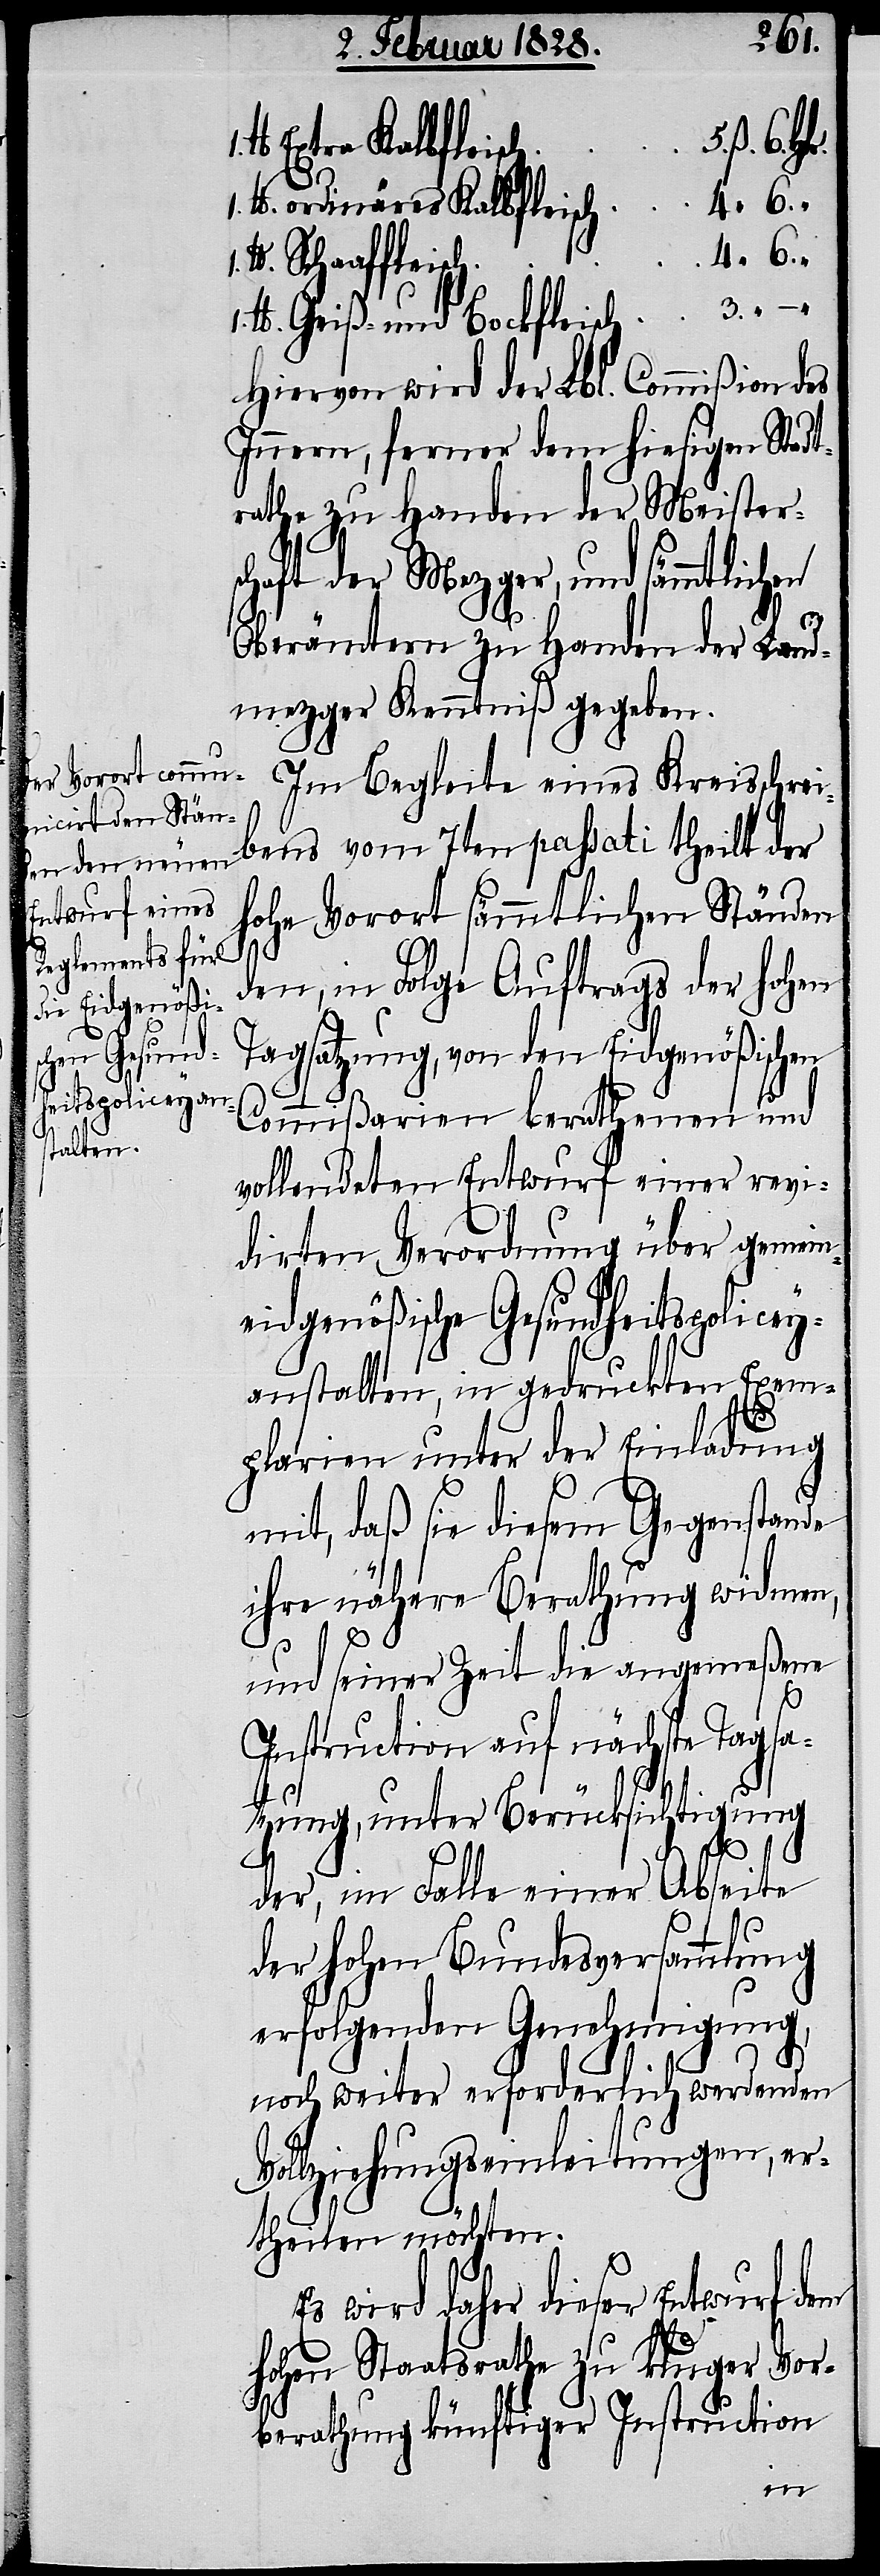
1. lb.
Extra Kalbfle¬
lb. ordinäres Kalbfleisc¬
lb. Geiß- und Bockfleisch	3. “ –
Hiervon wird der Lbl. Commißion des
Innern, ferner dem hiesigen Stadt¬
rathe zu Handen der Meister¬
schaft der Mezger, und sämmtlichen
Oberämtern zu Handen der Land¬
mezger Kenntniß gegeben.
Im Begleite eines Kreisschreib¬
hohe Vorort sämmtlichen Ständen
den, in Folge Auftrags der hohen
Tagsatzung, von den Eidgenößischen
Commißarien berathenen und
vollendeten Entwurf einer revi¬
dirten Verordnung über gemein¬
eidgenößische Gesundheitspolicey¬
anstalten, in gedruckten Exem¬
6.
plarien unter der Einladung
mit, daß sie diesem Gegenstande
ihre nähere Berathung widmen,
und seiner Zeit die angemeßene
Instruction auf nächste Tagsa¬
tzung, unter Berücksichtigung
vom
der
der, im Falle einer Abseite
der hohen Bundesversammlung
erfolgenden Genehmigung,
noch weiter erforderlich werdenden
Vollziehungseinleitungen, er¬
theilen möchten.
Es wird daher dieser Entwurf dem
1.
hohen Staatsrathe zu kluger Vor¬
berathung künftiger Instruction
ens